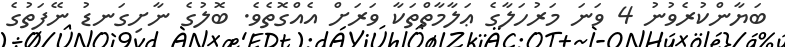
ބަޔާންކުރެވުނު 4 ވަނަ މަރުހަލާގެ ޢަލާމާތްތަކާ ވަރަށް އެއްގޮތެވެ. ބޮލުގެ ނާށިގަނޑު ނޭފަތުގެ